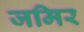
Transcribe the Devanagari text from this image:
जमिर